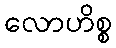
လောဟိစ္စ